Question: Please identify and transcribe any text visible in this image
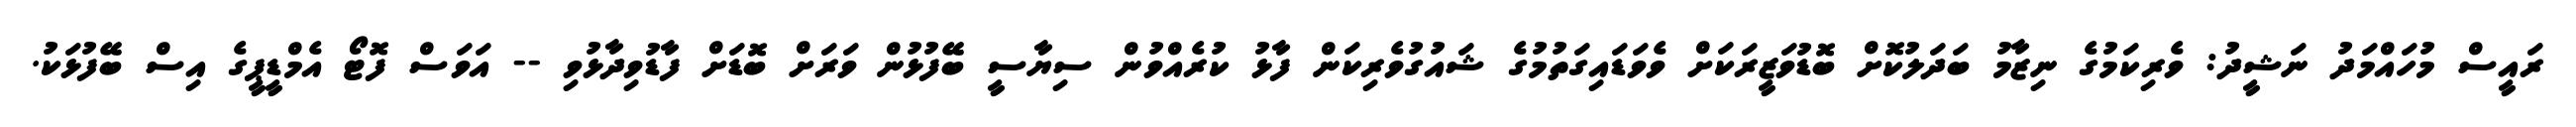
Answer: ރައީސް މުހައްމަދު ނަޝީދު: ވެރިކަމުގެ ނިޒާމު ބަދަލުކޮށް ބޮޑުވަޒީރަކަށް ވެވަޑައިގަތުމުގެ ޝައުގުވެރިކަން ފާޅު ކުރެއްވުން ސިޔާސީ ބޭފުޅުން ވަރަށް ބޮޑަށް ފާޑުވިދާޅުވި -- އަވަސް ފޮޓޯ އެމްޑީޕީގެ އިސް ބޭފުޅަކު.